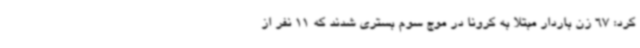
کرد: 67 زن باردار مبتلا به کرونا در موج سوم بستری شدند که 11 نفر از